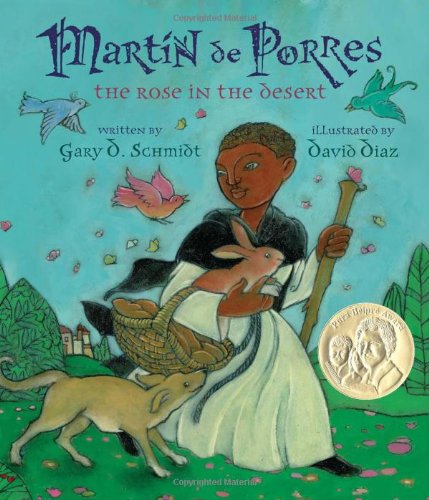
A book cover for Martin de Porres: The Rose in the Desert (Americas Award for Children's and Young Adult Literature. Honorable Mention); Gary D. Schmidt; Children's Books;